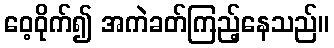
ဝေ့ဝိုက်၍ အကဲခတ်ကြည့်နေသည်။